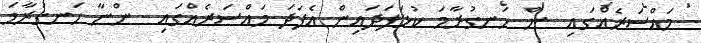
މައްސަރެއްގައި  ން ހަނގުރާމަ ކުޅަފަދައިން އެފަދަ މައްސަރެއްގައި  ންނާ ހަނގުރާމަ